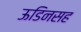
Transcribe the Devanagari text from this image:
ऊडिनसह